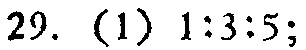
29. (1) \(1:3:5\);